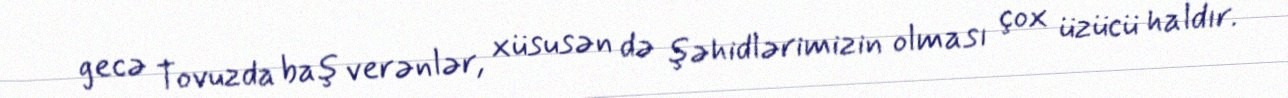
gecə Tovuzda baş verənlər, xüsusən də şəhidlərimizin olması çox üzücü haldır.